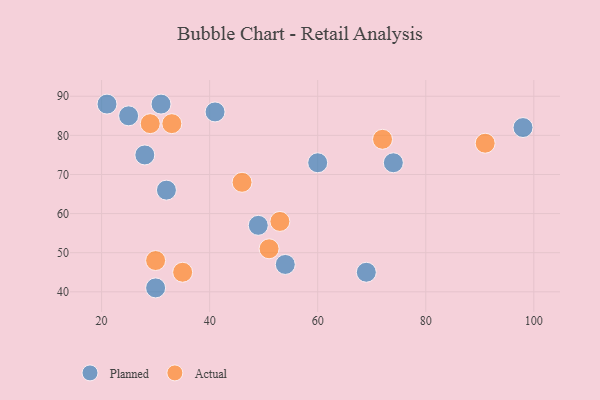
{"axis": {"x": "GDP", "y": "Life Expectancy"}, "legend": ["Actual", "Planned"], "data": [{"x": "98", "y": 82, "type": "Planned"}, {"x": "54", "y": 47, "type": "Planned"}, {"x": "28", "y": 75, "type": "Planned"}, {"x": "30", "y": 41, "type": "Planned"}, {"x": "41", "y": 86, "type": "Planned"}, {"x": "32", "y": 66, "type": "Planned"}, {"x": "21", "y": 88, "type": "Planned"}, {"x": "60", "y": 73, "type": "Planned"}, {"x": "49", "y": 57, "type": "Planned"}, {"x": "69", "y": 45, "type": "Planned"}, {"x": "25", "y": 85, "type": "Planned"}, {"x": "74", "y": 73, "type": "Planned"}, {"x": "31", "y": 88, "type": "Planned"}, {"x": "46", "y": 68, "type": "Actual"}, {"x": "51", "y": 51, "type": "Actual"}, {"x": "29", "y": 83, "type": "Actual"}, {"x": "91", "y": 78, "type": "Actual"}, {"x": "53", "y": 58, "type": "Actual"}, {"x": "30", "y": 48, "type": "Actual"}, {"x": "35", "y": 45, "type": "Actual"}, {"x": "72", "y": 79, "type": "Actual"}, {"x": "33", "y": 83, "type": "Actual"}]}